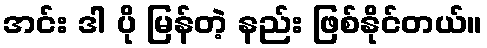
အင်း ဒါ ပို မြန်တဲ့ နည်း ဖြစ်နိုင်တယ်။